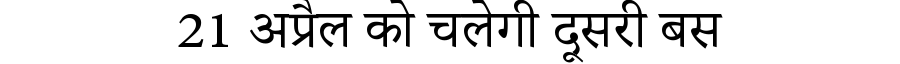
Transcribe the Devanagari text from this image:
21 अप्रैल को चलेगी दूसरी बस